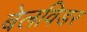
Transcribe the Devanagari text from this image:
बेलविडर